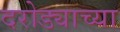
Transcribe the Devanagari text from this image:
दरोड्याच्या